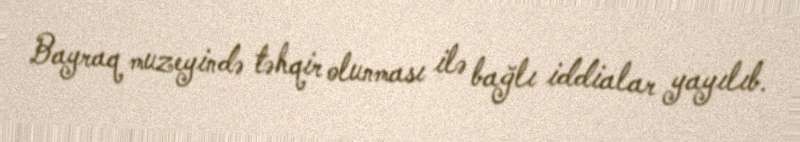
Bayraq muzeyində təhqir olunması ilə bağlı iddialar yayılıb.